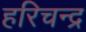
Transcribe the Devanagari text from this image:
हरिचन्द्र